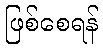
ဖြစ်စေရန်